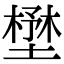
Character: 𡐨